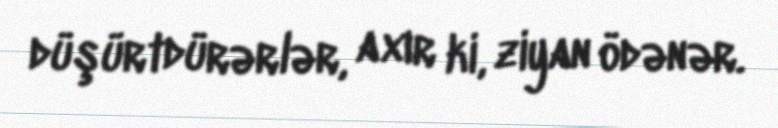
düşürtdürərlər, axır ki, ziyan ödənər.